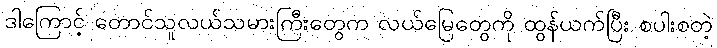
ဒါကြောင့် တောင်သူလယ်သမားကြီးတွေက လယ်မြေတွေကို ထွန်ယက်ပြီး စပါးစတဲ့